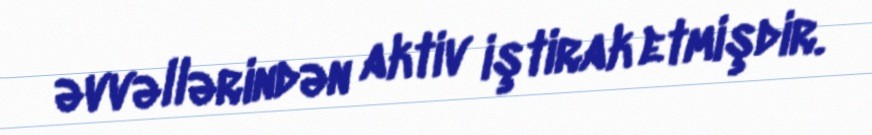
əvvəllərindən aktiv iştirak etmişdir.